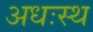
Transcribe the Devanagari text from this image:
अधःस्थ